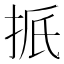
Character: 𪭭